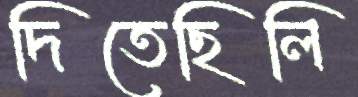
দিতেছিলি